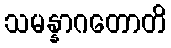
သမန္နာဂတောတိ